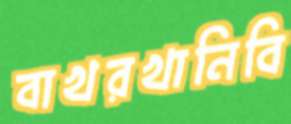
বাখরখানিবি